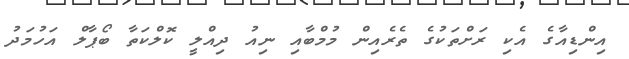
އިންޑިއާގެ އެކި ރަށްތަކުގެ ތެރެއިން މުމްބާއި ނިއު ދިއްލީ ކޮލްކަތާ ބޯޕާލް އަހުމަދު